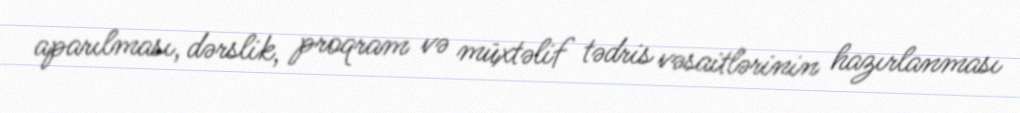
aparılması, dərslik, proqram və müxtəlif tədris vəsaitlərinin hazırlanması